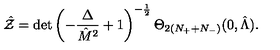
\hat { \cal Z } = \det \left( - { \frac { \Delta } { \hat { M } ^ { 2 } } } + 1 \right) ^ { - { \frac { 1 } { 2 } } } \Theta _ { 2 ( N _ { + } + N _ { - } ) } ( 0 , \hat { \Lambda } ) .